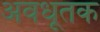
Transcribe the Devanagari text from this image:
अवधूतक